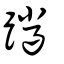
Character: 躐